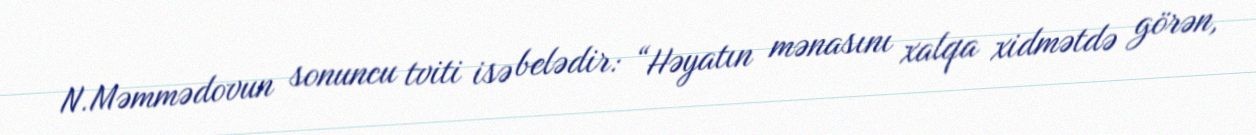
N.Məmmədovun sonuncu tviti isə belədir: “Həyatın mənasını xalqa xidmətdə görən,